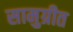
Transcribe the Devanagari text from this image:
सामुग्रीत